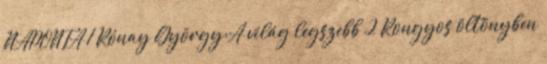
NAPONTA 1 Rónay György:A világ legszebb 2 Rongyos öltönyben